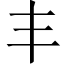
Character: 丰